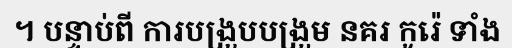
។ បន្ទាប់ពី ការបង្រួបបង្រួម នគរ កូរ៉េ ទាំង